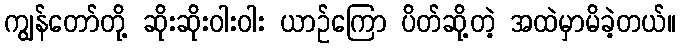
ကျွန်တော်တို့ ဆိုးဆိုးဝါးဝါး ယာဉ်ကြော ပိတ်ဆို့တဲ့ အထဲမှာမိခဲ့တယ်။